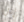
إذن